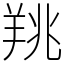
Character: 䍮